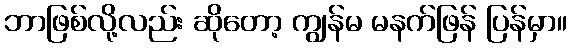
ဘာဖြစ်လို့လည်း ဆိုတော့ ကျွန်မ မနက်ဖြန် ပြန်မှာ။